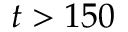
t > 1 5 0